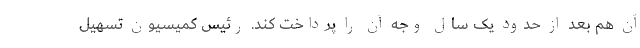
آن هم ‌بعد ‌از حدود یک سال وجه آن را پرداخت کند. رئیس کمیسیون تسهیل